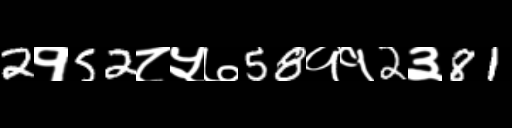
Text: 2१52८५७58११2३81